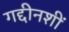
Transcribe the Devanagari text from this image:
गद्दीनशीं